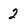
Character: 2